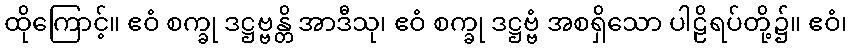
ထိုကြောင့်။ ဧဝံ စက္ခု ဒဋ္ဌဗ္ဗန္တိ အာဒီသု၊ ဧဝံ စက္ခု ဒဋ္ဌဗ္ဗံ အစရှိသော ပါဠိရပ်တို့၌။ ဧဝံ၊